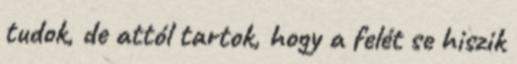
tudok, de attól tartok, hogy a felét se hiszik